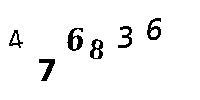
476836